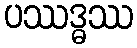
ပဿဒ္ဓဿ